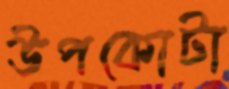
উপকোটা